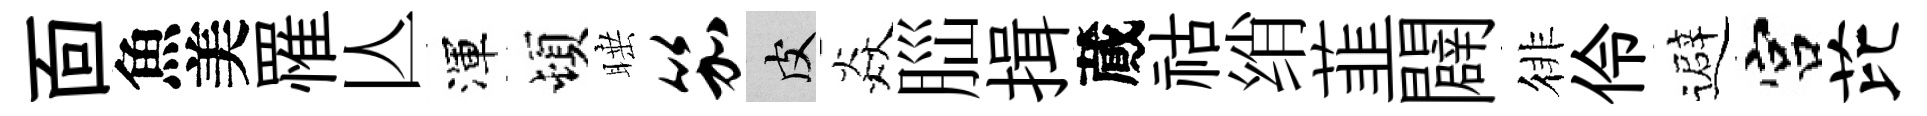
靣魚美罹亾渾頓睡笳皮焱𦛁揖蕆祜绡韮闢徘伶避宫芘